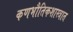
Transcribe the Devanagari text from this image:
कणभौतिकशास्त्रात